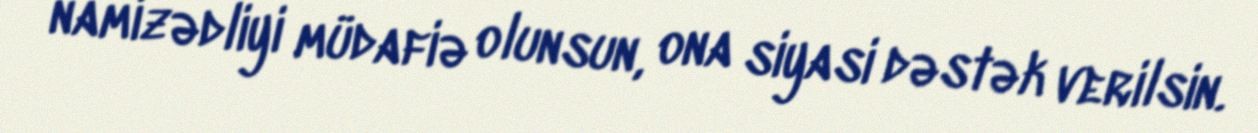
namizədliyi müdafiə olunsun, ona siyasi dəstək verilsin.